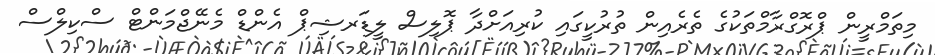
މިތަމްރީން ޕްރޮގްރާމްތަކުގެ ތެރެއިން ތުރުކީގައި ކުރިއަށްދާ ޕޮލިސް ލީޑަރޝިޕް އެންޑް މެނޭޖްމަންޓް ސްކިލްސް